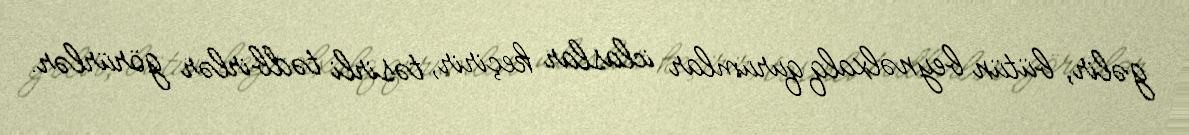
gəlir, bütün beynəlxalq qurumlar iclaslar keçirir, təsirli tədbirlər görürlər.